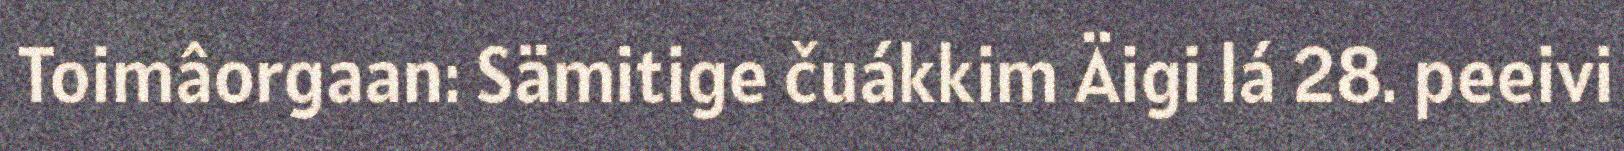
Toimâorgaan: Sämitige čuákkim Äigi lá 28. peeivi